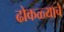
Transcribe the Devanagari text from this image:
ढोकळ्याचे